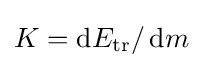
K=\operatorname {d} \!E_{\text{tr}}/\operatorname {d} \!m